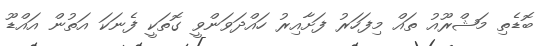
ބޮޑެތި މަޝްރޫއު ތައް މިފަހަރު ފަށާއިރު ހައްދަވަންވީ ގޮތަކީ ފެނަކަ އަތުން އައްޑޫ